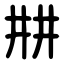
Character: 㐩